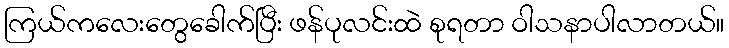
ကြယ်ကလေးတွေခေါက်ပြီး ဖန်ပုလင်းထဲ စုရတာ ဝါသနာပါလာတယ်။